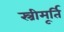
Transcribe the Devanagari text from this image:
स्त्रीमूर्ति